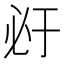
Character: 𰑇